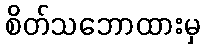
စိတ်သဘောထားမှ